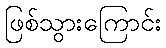
ဖြစ်သွားကြောင်း